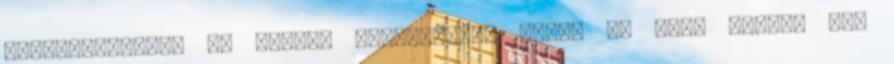
számtalanszor, de mindig visszaküzdi magát az élők közé.” Itt